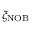
\xi _ { \mathrm { N O B } }